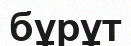
бұрұт